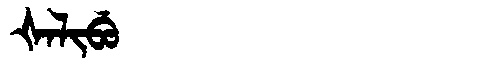
Manchu: ᡧᠠᠯᡳᠪᡠ
Romanization: ŠALIBU